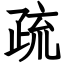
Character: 疏